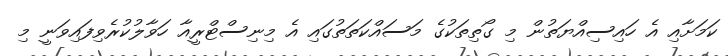
ކަމަށާއި އެ ހައިސިއްޔަތުން މި ގޯތިތަކުގެ މަސައްކަތަތުގައި އެ މިނިސްޓްރީއާ ހަވާލުކުރެވިފައިވަނީ މި